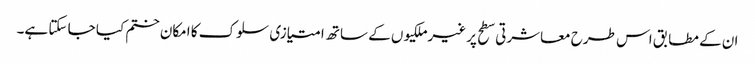
ان کے مطابق اس طرح معاشرتی سطح پر غیرملکیوں کے ساتھ امتیازی سلوک کا امکان ختم کیا جا سکتا ہے۔